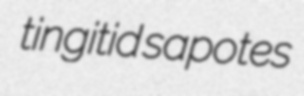
tingitid sapotes